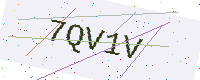
Text: 7QV1V